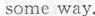
some way.